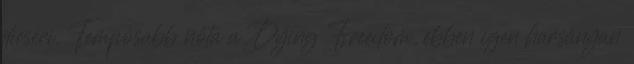
dicséri. Tempósabb nóta a Dying Freedom, ebben igen harsányan